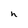
Character: h